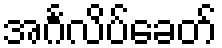
အင်္ဂလိပ်ခေတ်